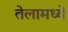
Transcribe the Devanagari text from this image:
तेलामध्ये